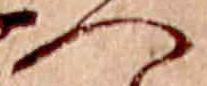
へ